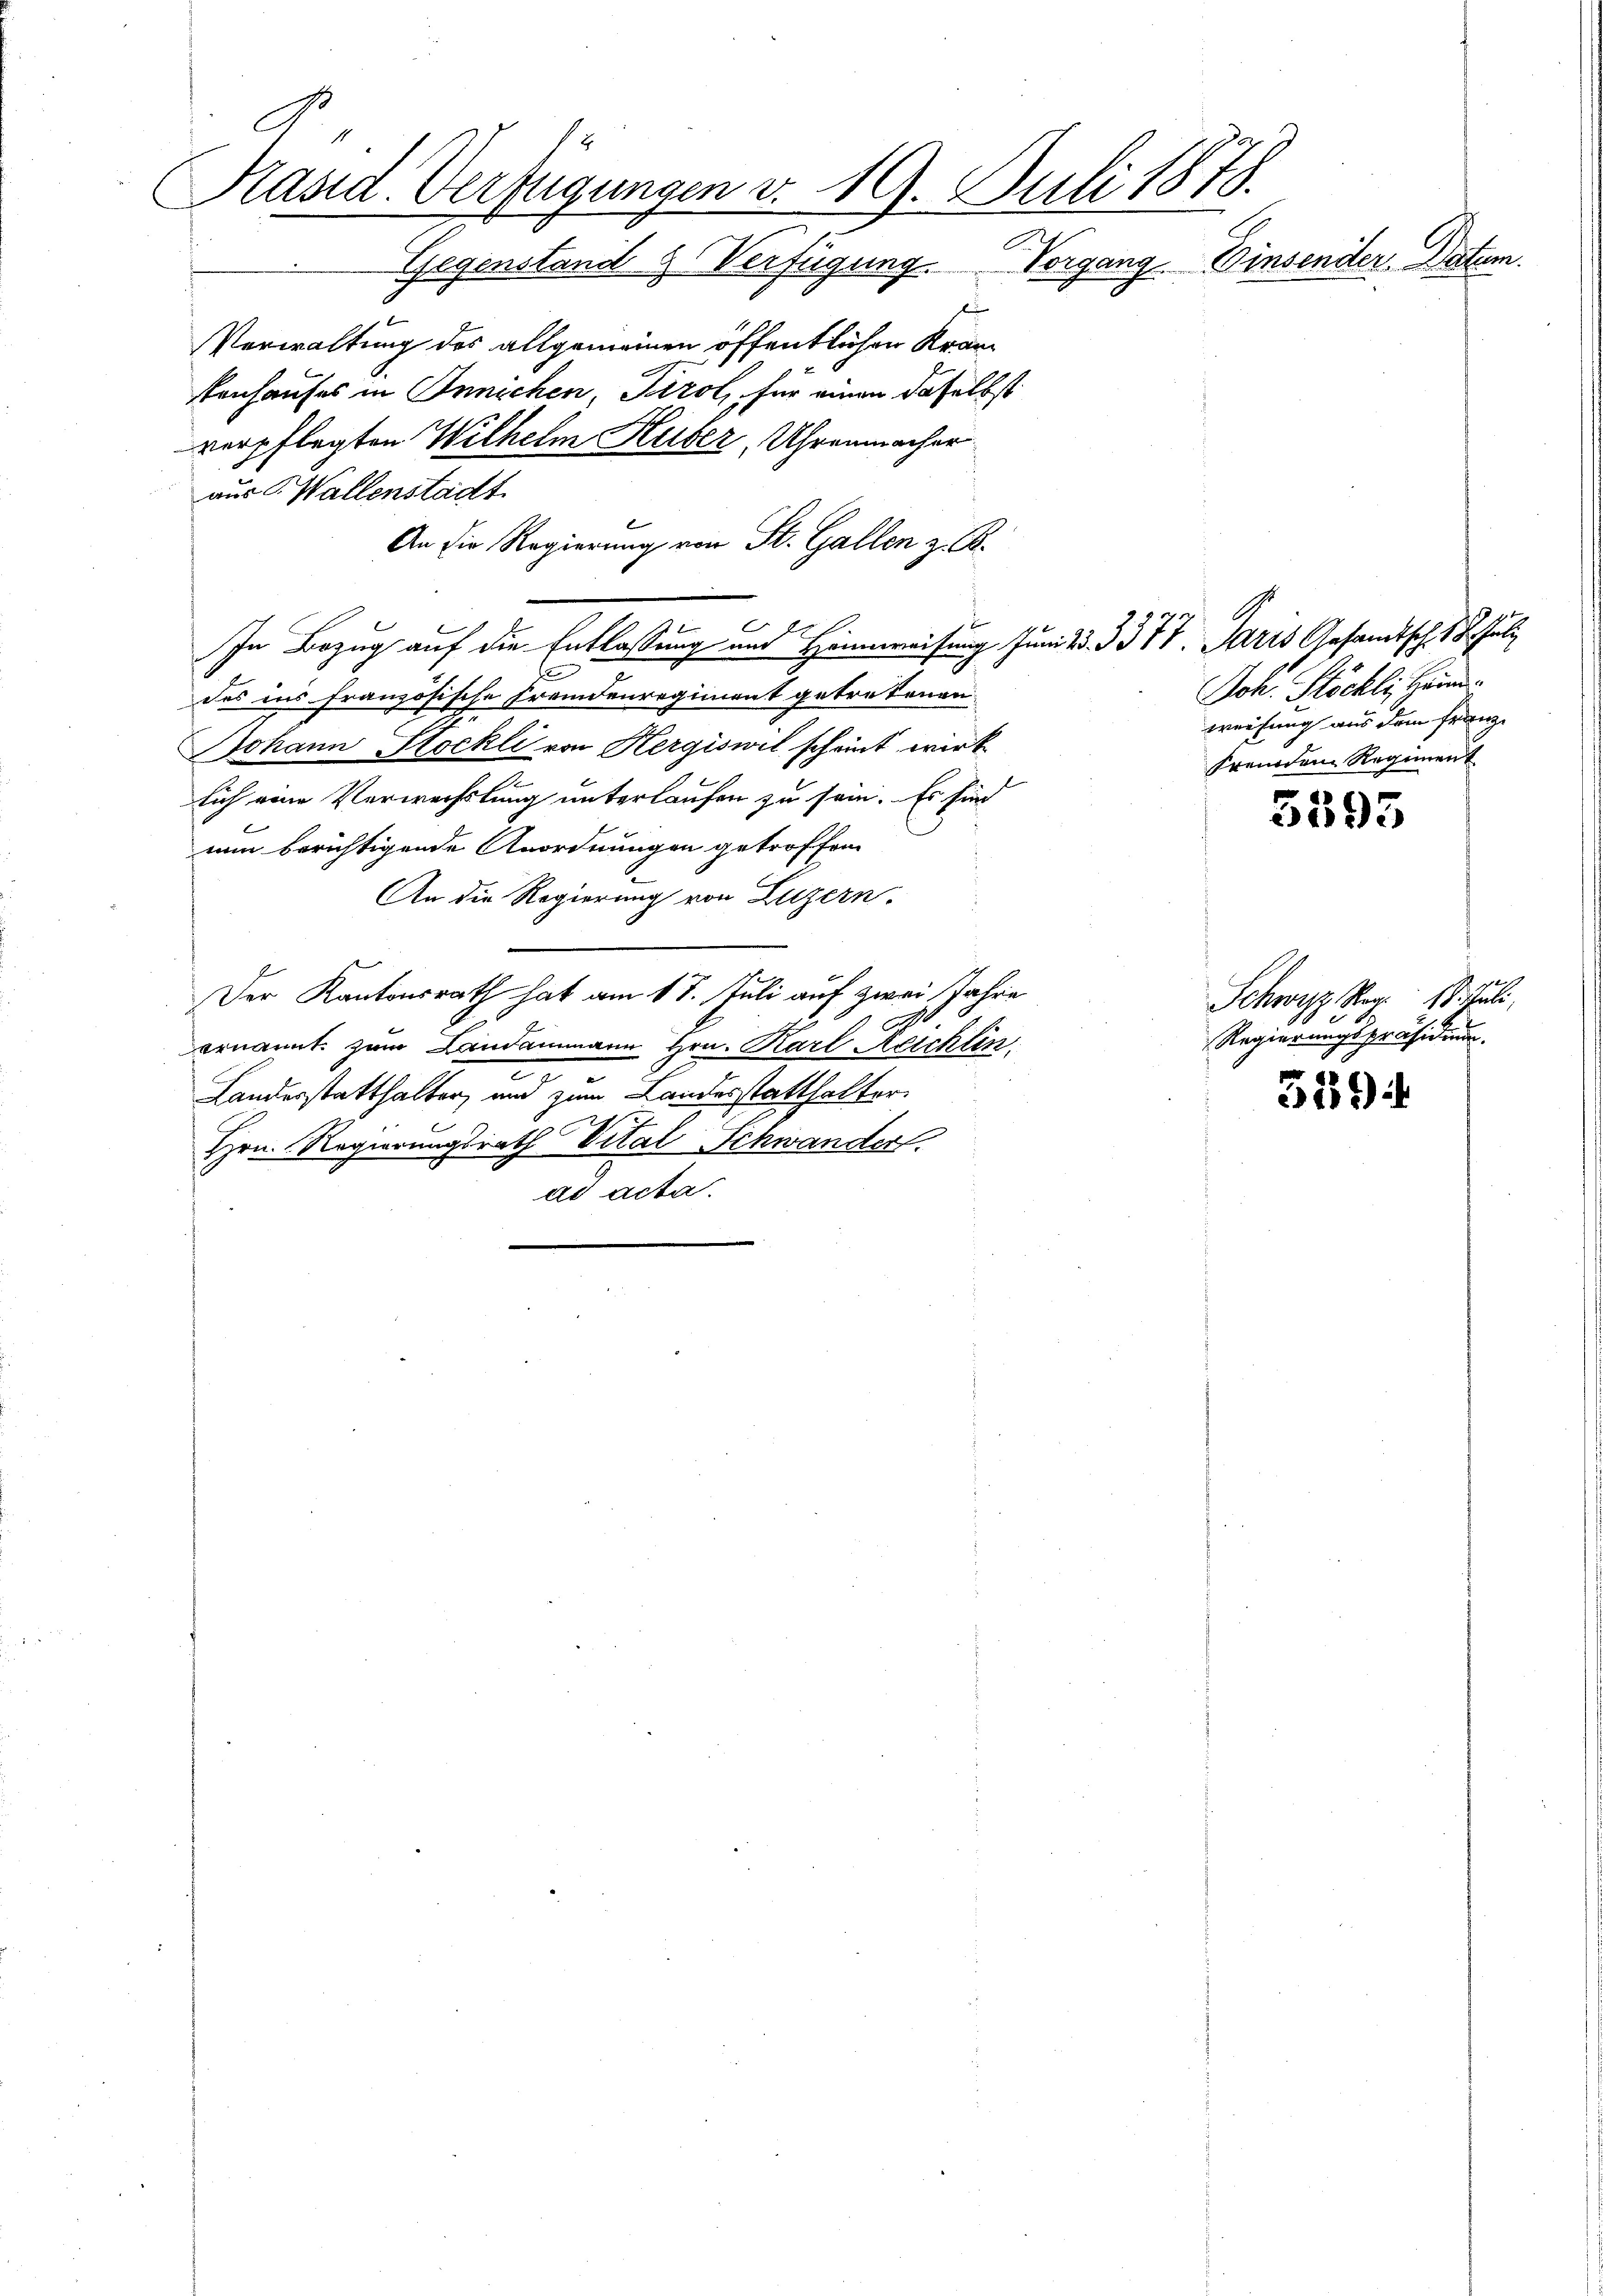
Rasid. Verfügungen v. 19. Juli 1879.
Gegenstand Verfügung. Vorgang. Einsender Datum.
Verwaltung des allgemeinen öffentlichen Kran¬

tenhauses in Innichen, Tirol, für einen daselbst
verpflegten Wilhelm Huber, Uhrenmacher
aus C. Wallenstadt
An die Regierung von St. Gallen z. B.
E
E
In Bezug auf die Entlassung an Hammerweisung Juni 13. 337 V. Paris Gesamtsch 18. Juli
des ins französische Fremdenregiment getretenen
Johann Stockli von Hergiswil scheint wirk
a
lich eine Verwechslung unterlaufen zu sein. Es für
nun berichtigende Anordnungen getroffen
An die Regierung von Luzern.
Der Kantonsrath hat am 18. Juli auf zwei Jahre
ernannt zum Landammann Hrn. Karl Reichlin
.
Landesstatthalter, und zum Landesstatthalter.
Hrn. Regierungsrath Vital Schwander
ad acta.

Joh. Stöckli, Heimweihung aus dem Franz
fremdem Regiment

5593

Schwyz Mag. 18. Juli
Regierungspräsidium.

3194